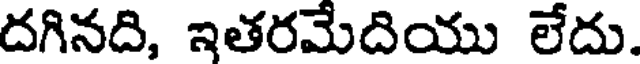
దగినది, ఇతరమేదియు లేదు.